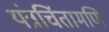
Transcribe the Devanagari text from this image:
यंत्रचिंतामणि